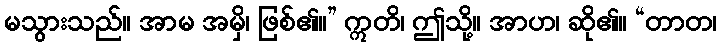
မသွားသည်။ အာမ အမှိ၊ ဖြစ်၏။” ဣတိ၊ ဤသို့။ အာဟ၊ ဆို၏။ “တာတ၊